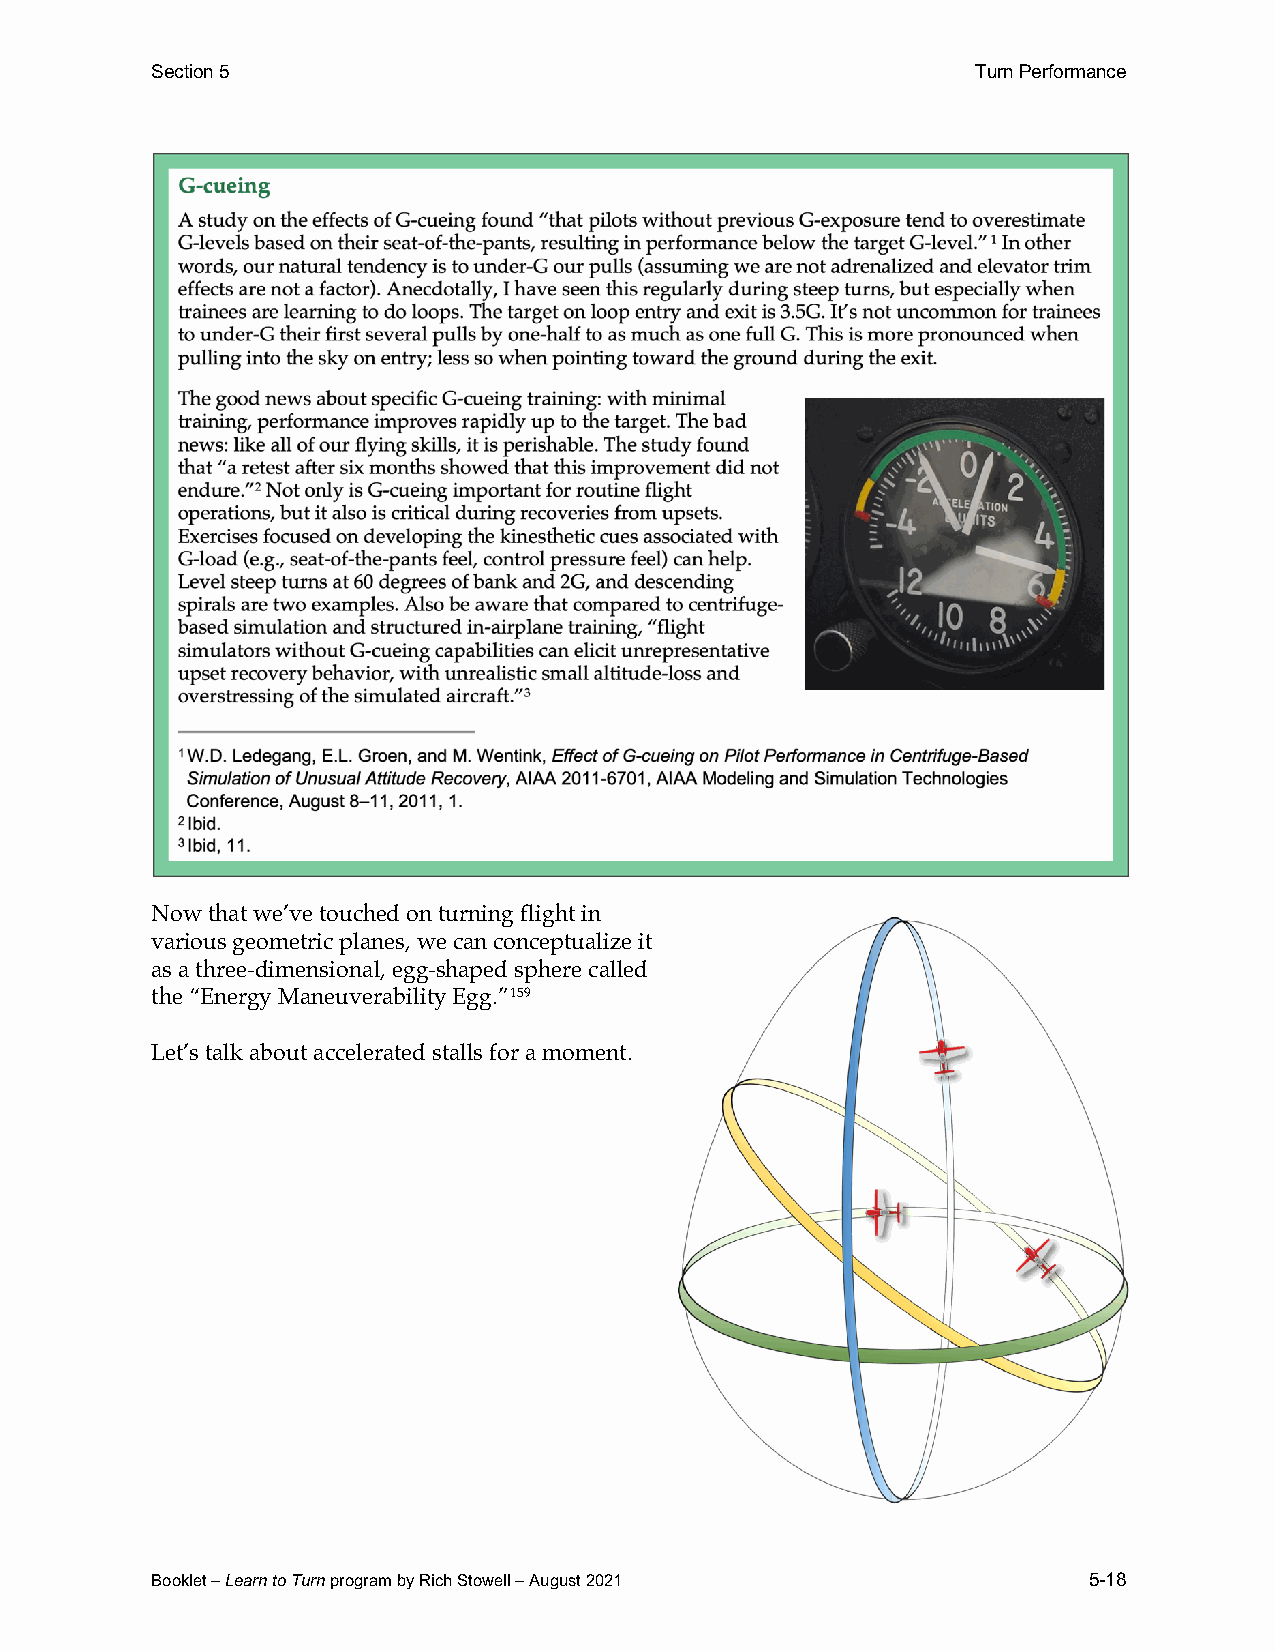
Section 5                                              Turn Performance
 Now that we’ve touched on turning flight in
 various geometric planes, we can conceptualize it
 as a three-dimensional, egg-shaped sphere called
 the “Energy Maneuverability Egg.”159
 Let’s talk about accelerated stalls for a moment.
 Booklet – Learn to Turn program by Rich Stowell – August 2021 5-18